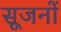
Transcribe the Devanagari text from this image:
सूजनों